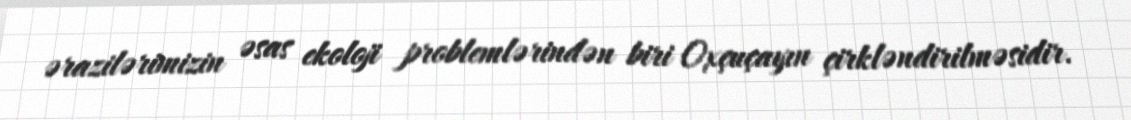
ərazilərimizin əsas ekoloji problemlərindən biri Oxçuçayın çirkləndirilməsidir.